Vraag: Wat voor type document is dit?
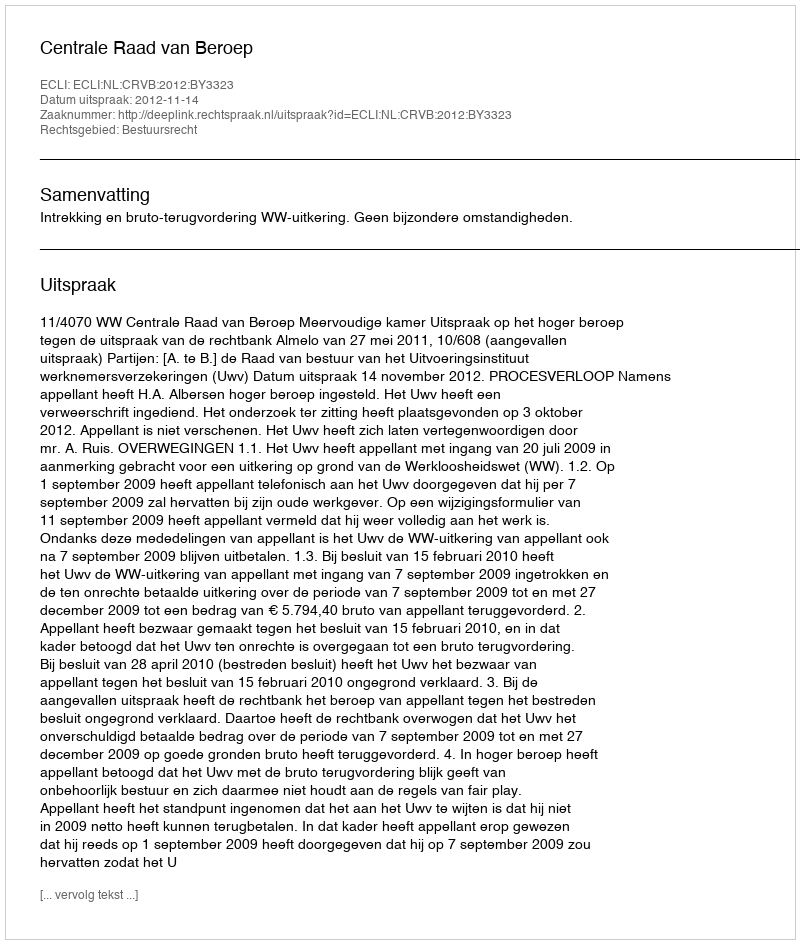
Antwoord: Uitspraak